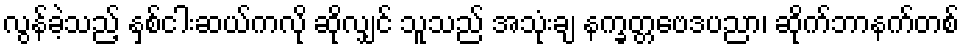
လွန်ခဲ့သည့် နှစ်ငါးဆယ်ကလို ဆိုလျှင် သူသည် အသုံးချ နက္ခတ္တဗေဒပညာ၊ ဆိုက်ဘာနက်တစ်